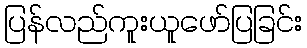
ပြန်လည်ကူးယူဖော်ပြခြင်း